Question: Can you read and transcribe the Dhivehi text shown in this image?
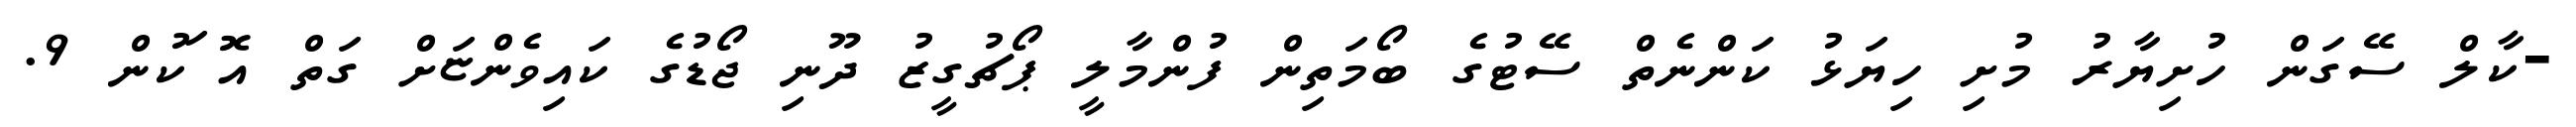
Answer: -ކާލް ސޭގަން ހުށިޔާރު މުށި ހިޔަޅު ކަންނެތް ސޭޓުގެ ބޯމަތިން ފުންމާލީ ޕޯޗުގީޒު ދޫނި ޖޯޑުގެ ކައިވެންޏަށް ގަތް އޮޱަކުން 9.